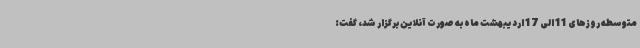
متوسطه روزهای 11 الی 17 اردیبهشت ماه به صورت آنلاین برگزار شد، گفت: